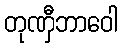
တုဏှီဘာဝေါ